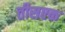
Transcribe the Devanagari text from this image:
तीसएक